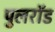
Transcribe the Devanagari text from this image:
पुलरॉड